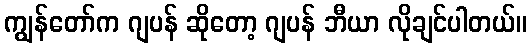
ကျွန်တော်က ဂျပန် ဆိုတော့ ဂျပန် ဘီယာ လိုချင်ပါတယ်။